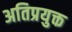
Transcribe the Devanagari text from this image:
अतिप्रयुक्त